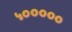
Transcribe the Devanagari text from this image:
५०००००